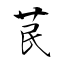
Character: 苠